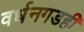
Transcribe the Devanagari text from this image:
वर्धनगडही